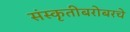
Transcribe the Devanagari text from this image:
संस्कृतीबरोबरचे